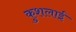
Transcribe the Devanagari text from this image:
कुशलाई